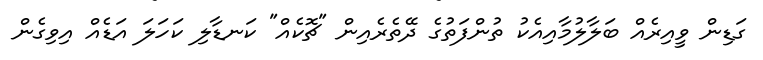
ގަޑިން ވީއިރެއް ބަލާލުމާއިއެކު ތުންފަތުގެ ދޭތެރެއިން "ޗޮކެއް" ކަނޑާލި ކަހަލަ އަޑެއް އިވިގެން